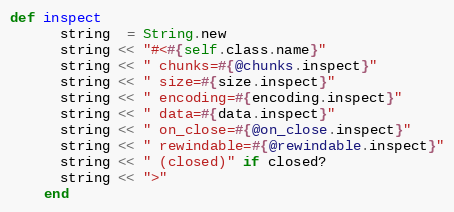
Language: Ruby
def inspect
      string  = String.new
      string << "#<#{self.class.name}"
      string << " chunks=#{@chunks.inspect}"
      string << " size=#{size.inspect}"
      string << " encoding=#{encoding.inspect}"
      string << " data=#{data.inspect}"
      string << " on_close=#{@on_close.inspect}"
      string << " rewindable=#{@rewindable.inspect}"
      string << " (closed)" if closed?
      string << ">"
    end